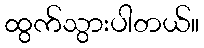
ထွက်သွားပါတယ်။